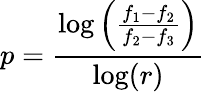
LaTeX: p=\frac{\log\left(\frac{f_{1}-f_{2}}{f_{2}-f_{3}}\right)}{\log(r)}